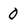
Character: 0